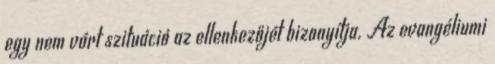
egy nem várt szituáció az ellenkezőjét bizonyítja. Az evangéliumi